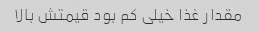
مقدار غذا خیلی کم بود قیمتش بالا